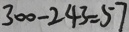
3 0 0 - 2 4 3 = 5 7